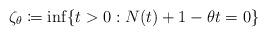
LaTeX: \begin{align*}\zeta_{\theta}\coloneqq \inf\{t>0: N(t)+1-\theta t =0\}\end{align*}